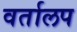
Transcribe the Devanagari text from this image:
वर्तालप